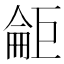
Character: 𱜘